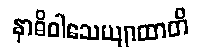
နာဓိဝါသေယျာထာတိ